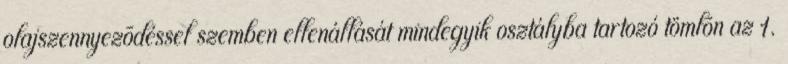
olajszennyezõdéssel szemben ellenállását mindegyik osztályba tartozó tömlõn az 1.